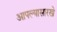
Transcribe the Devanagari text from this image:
आपल्यासारखे